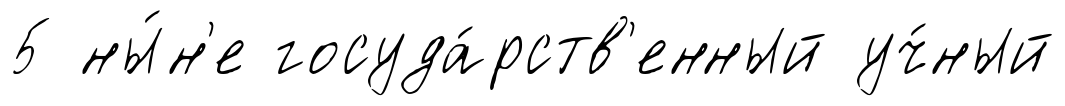
5 ны́н'е госуда́рств'енный уч́ный